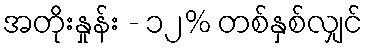
အတိုးနှုန်း - ၁၂% တစ်နှစ်လျှင်